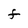
Character: F